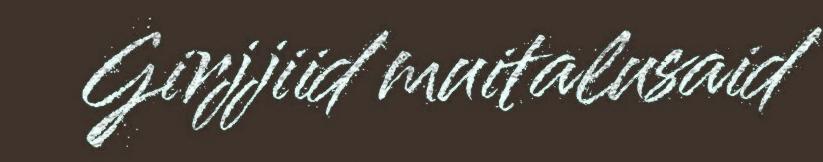
Girjjiid muitalusaid